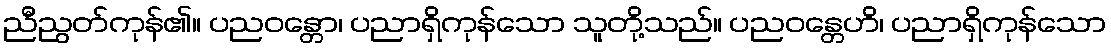
ညီညွတ်ကုန်၏။ ပညဝန္တော၊ ပညာရှိကုန်သော သူတို့သည်။ ပညဝန္တေဟိ၊ ပညာရှိကုန်သော